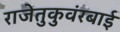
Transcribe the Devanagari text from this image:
राजेतुकुवंरबाई